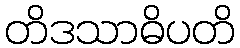
တိဒသာဓိပတိ